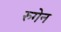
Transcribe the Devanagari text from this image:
रुगेन